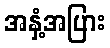
အနှံ့အပြား